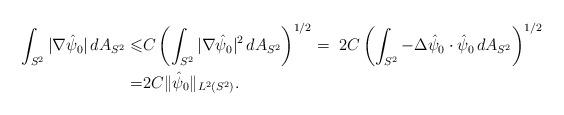
LaTeX: \begin{align*}\int_{S^2} |\nabla \hat{\psi}_0| \, dA_{S^2} \leqslant& C \left( \int_{S^2} |\nabla \hat{\psi}_0|^2 \, dA_{S^2}\right)^{1/2} = \ 2C \left( \int_{S^2} -\Delta \hat{\psi}_0 \cdot \hat{\psi}_0 \, dA_{S^2} \right)^{1/2}\\=& 2C \|\hat{\psi}_0\|_{L^2(S^2)}. \end{align*}